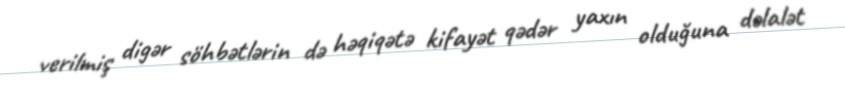
verilmiş digər söhbətlərin də həqiqətə kifayət qədər yaxın olduğuna dəlalət